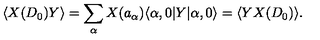
\langle X ( D _ { 0 } ) Y \rangle = \sum _ { \alpha } X ( a _ { \alpha } ) \langle \alpha , 0 | Y | \alpha , 0 \rangle = \langle Y X ( D _ { 0 } ) \rangle .